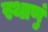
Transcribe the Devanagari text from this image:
स्थाणुं